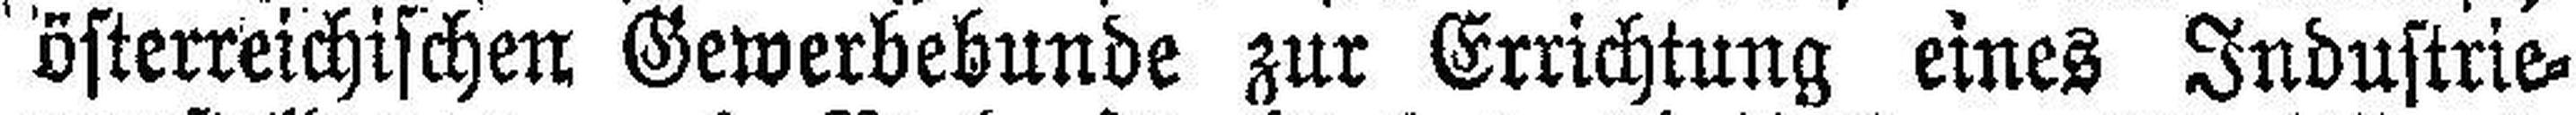
österreichischen Gewerbebunde zur Errichtung eines Industrie¬